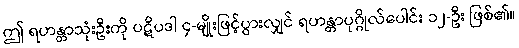
ဤ ရဟန္တာသုံးဦးကို ပဋိပဒါ ၄-မျိုးဖြင့်ပွားလျှင် ရဟန္တာပုဂ္ဂိုလ်ပေါင်း ၁၂-ဦး ဖြစ်၏။